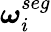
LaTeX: \boldsymbol{\omega}_{i}^{seg}